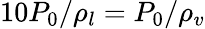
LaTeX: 10P_{0}/\rho_{l}=P_{0}/\rho_{v}